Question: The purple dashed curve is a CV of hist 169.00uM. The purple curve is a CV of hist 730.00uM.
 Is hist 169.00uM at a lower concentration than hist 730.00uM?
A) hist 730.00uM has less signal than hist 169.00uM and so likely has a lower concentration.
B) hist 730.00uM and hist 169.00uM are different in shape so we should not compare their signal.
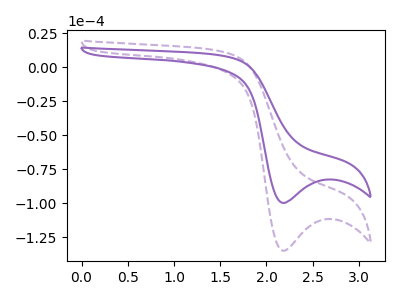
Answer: <think>The purple dashed curve "hist 169.00uM" has a cathodic peak at: (2.20V, -135.10uA). The purple curve "hist 730.00uM" has a cathodic peak at: (2.20V, -99.95uA).
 All the peaks in "hist 730.00uM" have a peak in "hist 169.00uM" at the same potential. Every peak in "hist 730.00uM" is lower than every peak in "hist 169.00uM".</think>
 <answer>A) "hist 730.00uM" has less signal than "hist 169.00uM" and so likely has a lower concentration.</answer>
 <eval>A</eval>